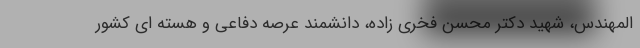
المهندس، شهید دکتر محسن فخری زاده، دانشمند عرصه دفاعی و هسته ای کشور